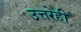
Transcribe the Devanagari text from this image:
उत्तरेही